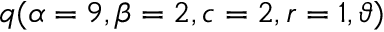
\displaystyle q ( \alpha = 9 , \beta = 2 , c = 2 , r = 1 , \vartheta )